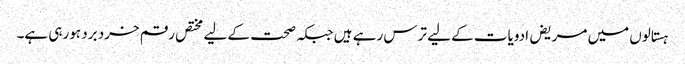
ہستالوں میں مریض ادویات کے لیے ترس رہے ہیں جبکہ صحت کے لیے مختص رقم خرد برد ہورہی ہے۔